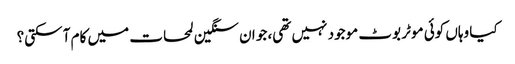
کیا وہاں کوئی موٹر بوٹ موجود نہیں تھی، جو ان سنگین لمحات میں کام آ سکتی؟